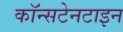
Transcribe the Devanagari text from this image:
कॉन्सटेनटाइन